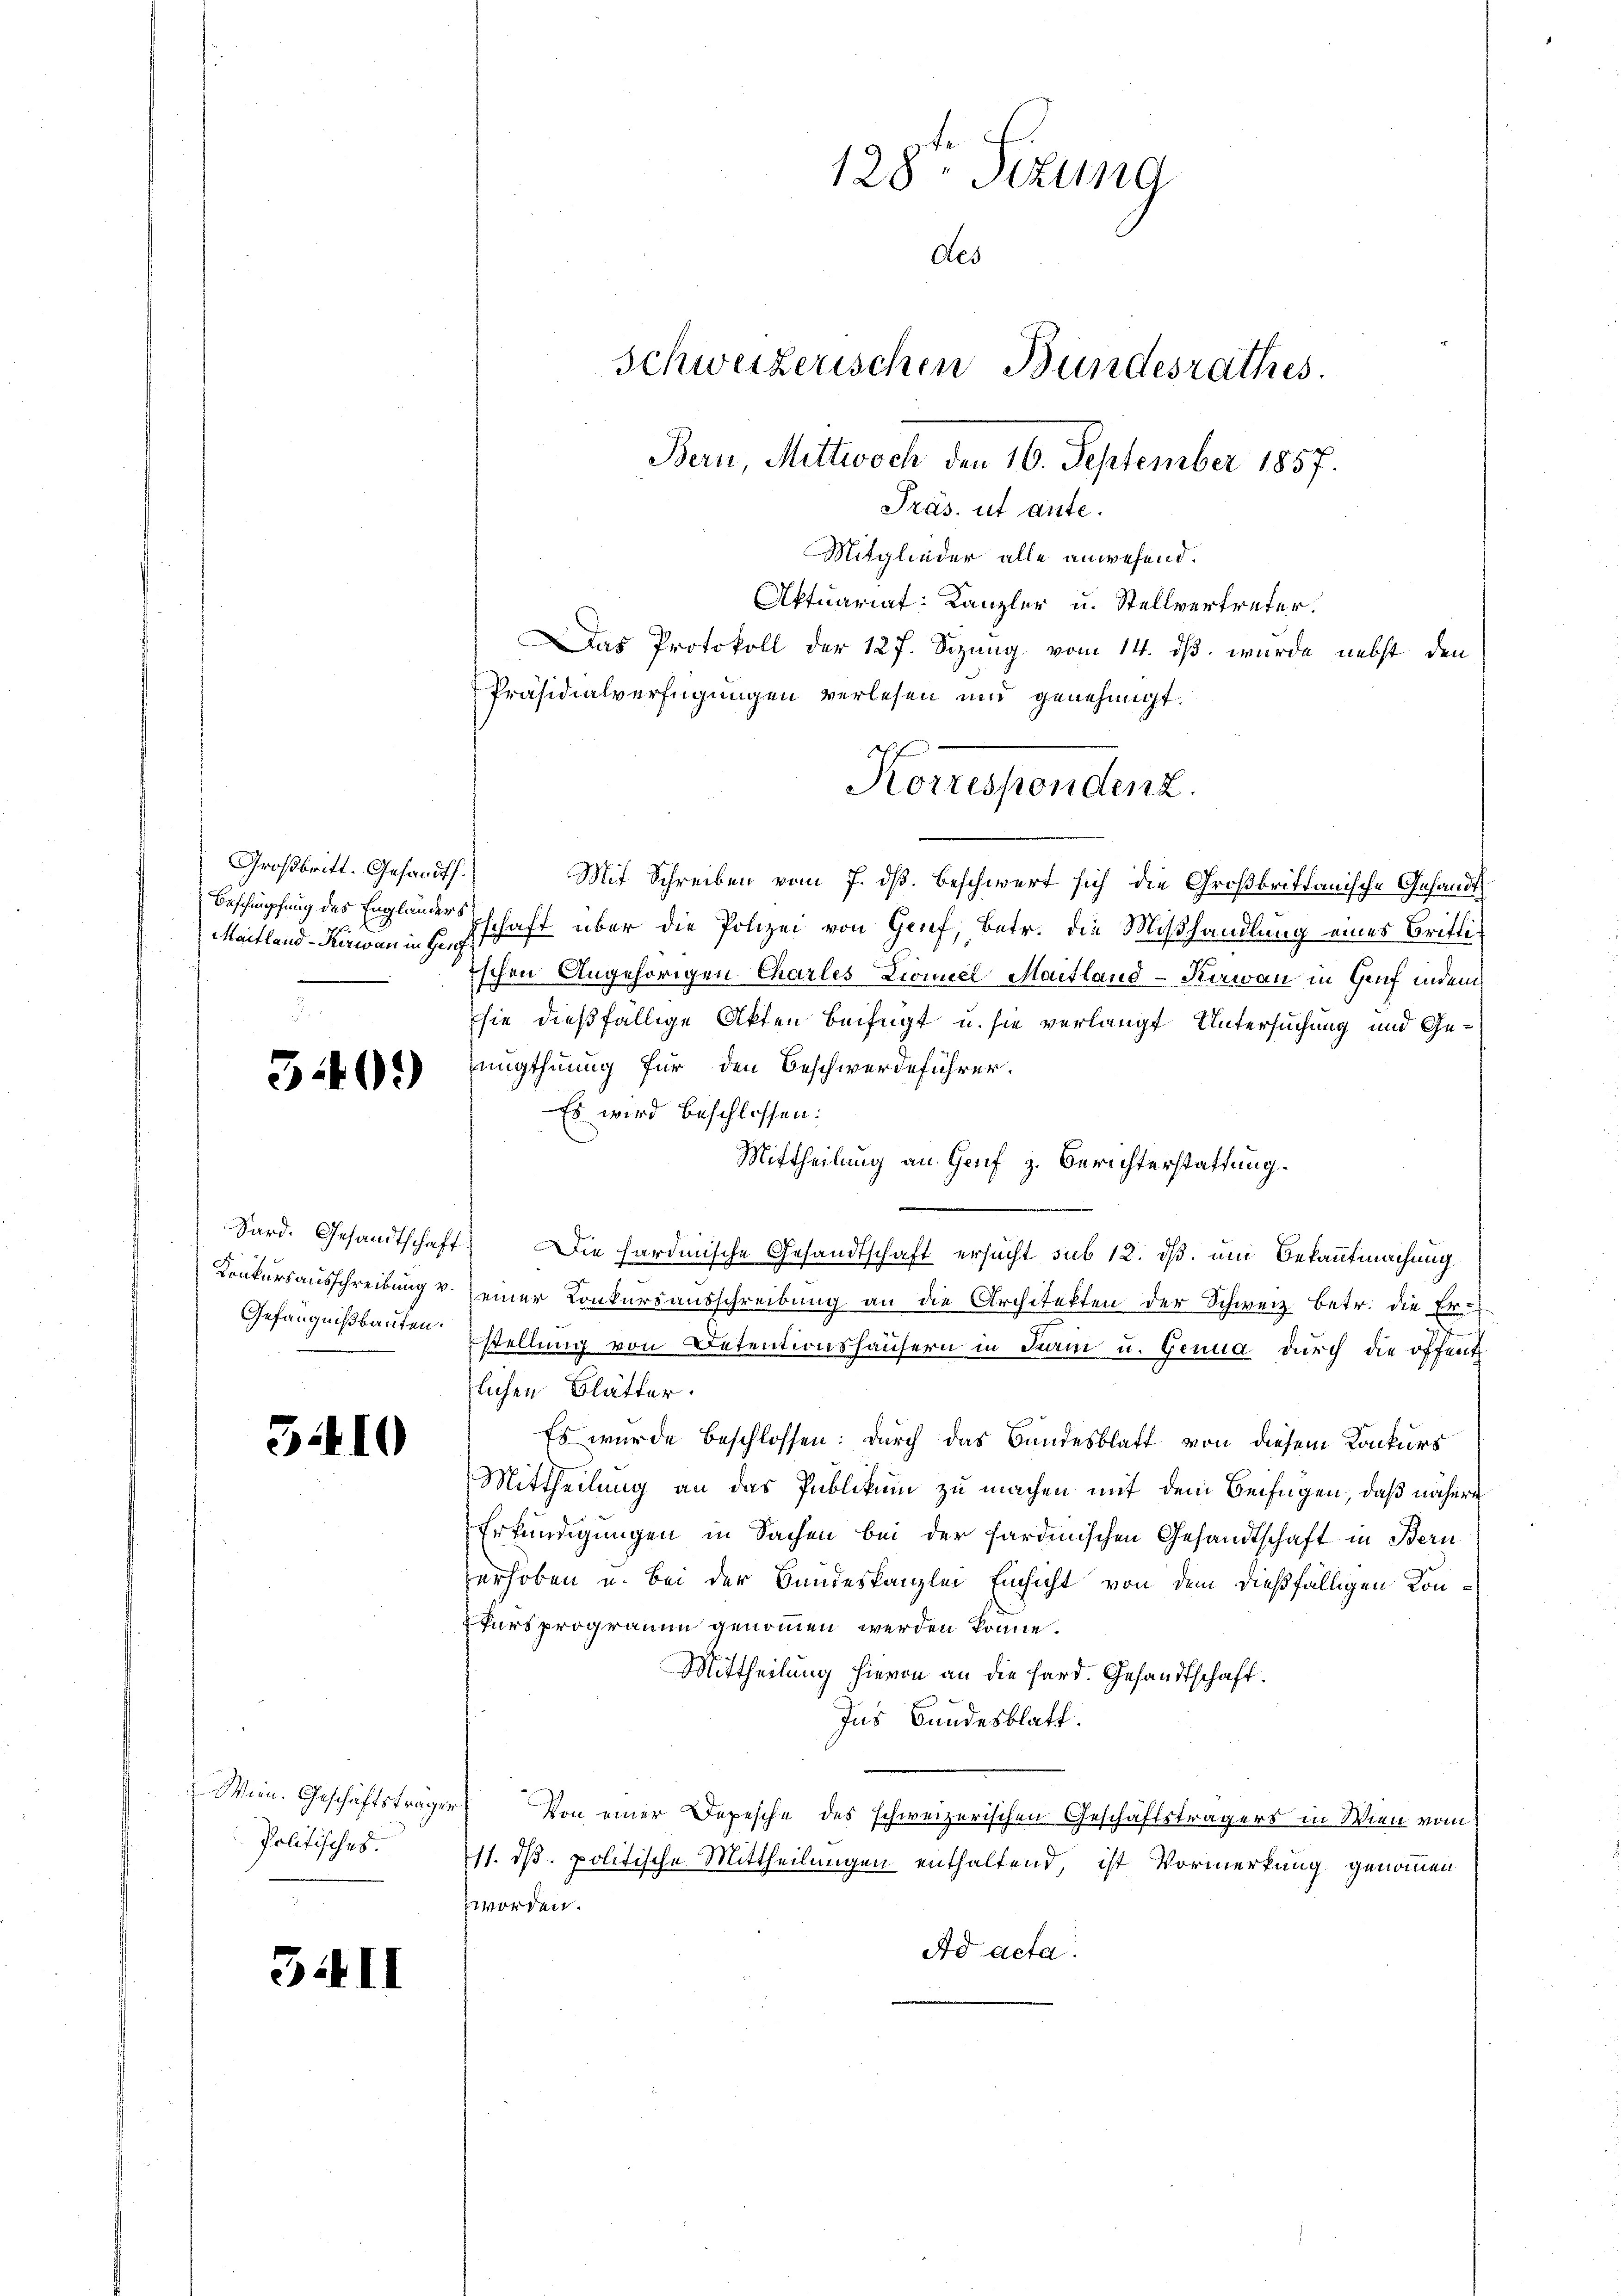
Großbritt. Gesandts.
Beschimpfung des Engländers

340)

Gefängnißbauten:

3410

Wein. Geschäftsträge.
Politisches.

5II

128. Sizung
Aes
Schweizerischen Bundesrathes.
Bern, Mittwoch 16. September 1857.
Präs. ut aute.
Mitglieder alle anwesend.
Aktuariat: Kanzler u. Stellvertreter.
as Protokoll der 127. Sizung vom 14. dß wurde nebst den

Korrespondenz.

Präsidialverfügungen verlesen und genehmigt.
d
Mit Schreiben vom 7. dß. beschwert sich die Großbrittanische Gesandt
Maitland-Kiren in schaft über die Polizei von Grief, betr. die Mißhandlung eines Britti¬
Tschen Angehörigen Charles Lionnel Maitland-Kowan in Genf indem
hie dießfällige Akten beifügt u. sie verlangt Untersuchung und Genugthuung für den Beschwerdeführer.
Es wird beschlossen:
Mittheilung an Genf z. Berichterstattung.
Sard. Gesandtschaft. Die hardinische Gesandtschaft ersucht sub 12. dß, um Bekanntmachung
Konkursausschreibung v. seiner Konkursausschreibung an die Architekten der Schweiz betr. die Erstellung von Detentionshäusern in Form u. Genua durch die öffent
tlichen Blätter.
Es wurde beschlossen: durch das Bundesblatt von diesem Konkurs
Mittheilung an das Publikum zu machen mit dem Beifügen, daß nähere
Erkundigungen in Sachen bei der Sardinischen Gesandtschaft in Bern
erhoben u. bei der Bundeskanzlei Einsicht von dem dießfälligen Konkursprogramm genommen werden könne.
Mittheilung hievon an die Hard. Gesandtschaft.
Ins Bandesblatt.
e
Von einer Depesche des schweizerischen Geschäftsträgers in Wien vom
11. dß. politische Mittheilungen enthaltend, ist Vormerkung genommen
worden.
Ad acta.